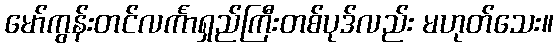
မော်ကွန်းတင်လင်္ကာရှည်ကြီးတစ်ပုဒ်လည်း မဟုတ်သေး။